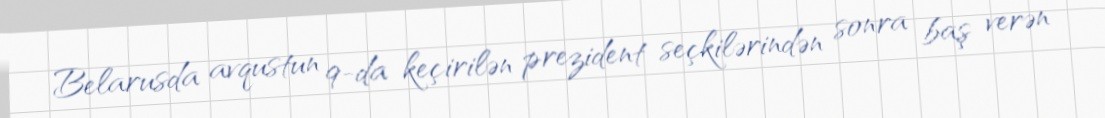
Belarusda avqustun 9-da keçirilən prezident seçkilərindən sonra baş verən